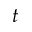
t